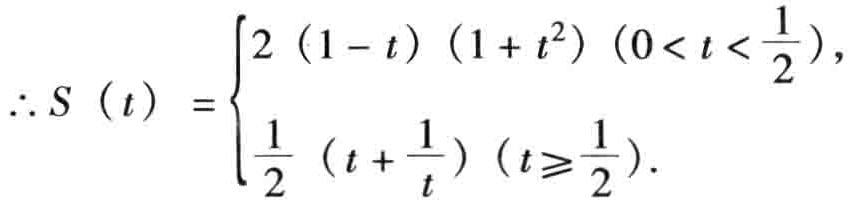
\(\therefore S\left( t\right) =\begin{cases}2\left( 1 - t\right)\left( 1 + t^{2}\right)\left( 0 < t < \dfrac{1}{2}\right),\\\dfrac{1}{2}\left( t + \dfrac{1}{t}\right)\left( t\geqslant\dfrac{1}{2}\right).\end{cases}\)